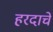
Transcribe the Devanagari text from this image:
हरदाचे